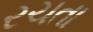
રચતા